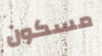
مسكون